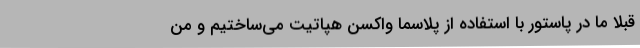
قبلا ما در پاستور با استفاده از پلاسما واکسن هپاتیت می‌ساختیم و من